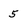
Character: 5